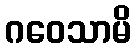
ဂဝေသာမိ